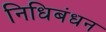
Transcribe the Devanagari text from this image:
निधिबंधन